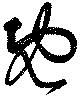
既